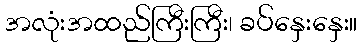
အလုံးအထည်ကြီးကြီး၊ ခပ်နှေးနှေး။